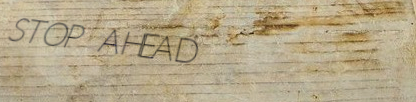
STOP AHEAD